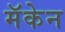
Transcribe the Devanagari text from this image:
मॅकेन